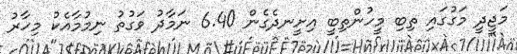
މަޖީދީ މަގުގައި ތިބި މީހުންތިބީ އިށީނދެގެން 6.40 ނަމާދު ވަގުތު ނިމުމާއެކު މިހާރު